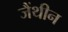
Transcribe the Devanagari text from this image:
जैंथीन